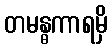
တမန္ဓကာရမှိ